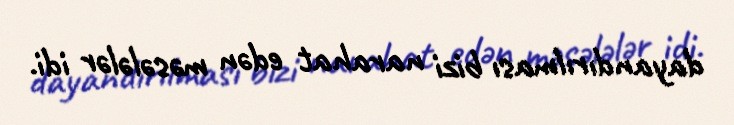
dayandırılması bizi narahat edən məsələlər idi.